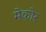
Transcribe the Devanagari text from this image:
मेकोर